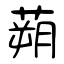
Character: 蒴